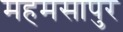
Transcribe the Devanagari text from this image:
महमसापुर